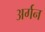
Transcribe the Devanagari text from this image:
अर्गन